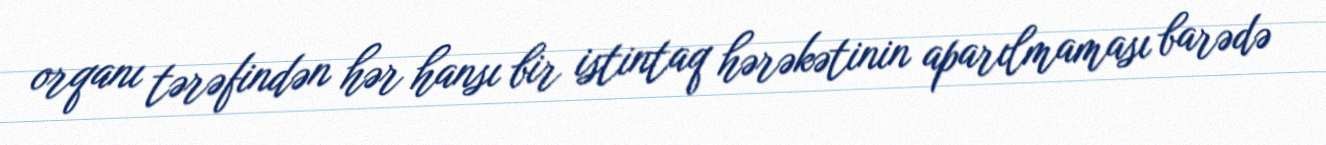
orqanı tərəfindən hər hansı bir istintaq hərəkətinin aparılmaması barədə